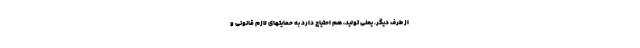
از طرف دیگر. یعنی تولید، هم احتیاج دارد به حمایتهای لازم قانونی و